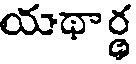
యథార్థ